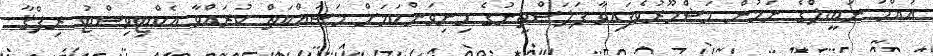
އުއްމު ނަބީލްގެ ނަމުން މަޝްހޫރުވެފައިވާ ފަލަސްޠީނުގެ މިނިވަންކަމަށް މަސައްކަތް ކުރައްވާ އެކްޓިވިސްޓު ރިފްޤާ